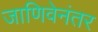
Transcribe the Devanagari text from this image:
जाणिवेनंतर